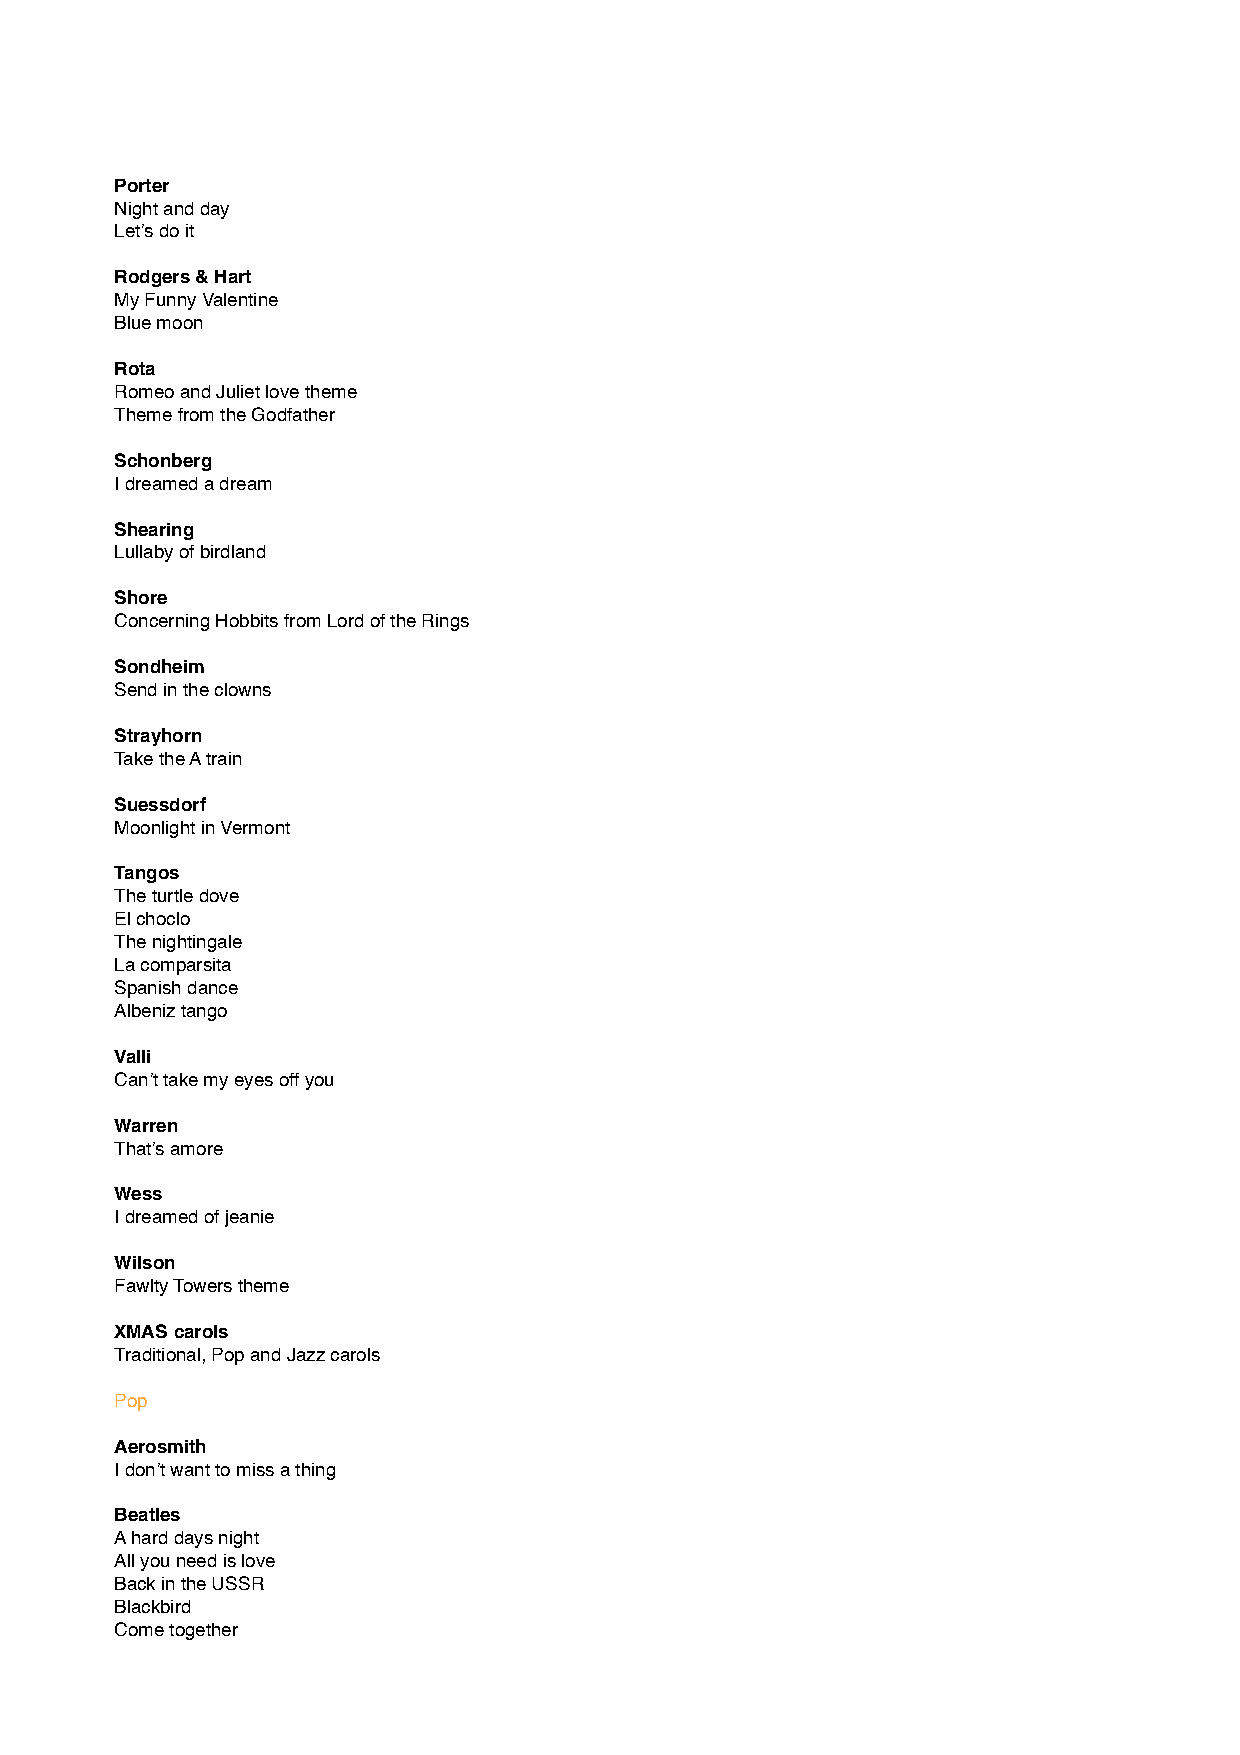
Porter
 Night and day
 Let’s do it
 Rodgers & Hart
 My Funny Valentine
 Blue moon
 Rota
 Romeo and Juliet love theme
 Theme from the Godfather
 Schonberg
 I dreamed a dream
 Shearing
 Lullaby of birdland
 Shore
 Concerning Hobbits from Lord of the Rings
 Sondheim
 Send in the clowns
 Strayhorn
 Take the A train
 Suessdorf
 Moonlight in Vermont
 Tangos
 The turtle dove
 El choclo
 The nightingale
 La comparsita
 Spanish dance
 Albeniz tango
 Valli
 Can’t take my eyes off you
 Warren
 That’s amore
 Wess
 I dreamed of jeanie
 Wilson
 Fawlty Towers theme
 XMAS carols
 Traditional, Pop and Jazz carols
 Pop
 Aerosmith
 I don’t want to miss a thing
 Beatles
 A hard days night
 All you need is love
 Back in the USSR
 Blackbird
 Come together